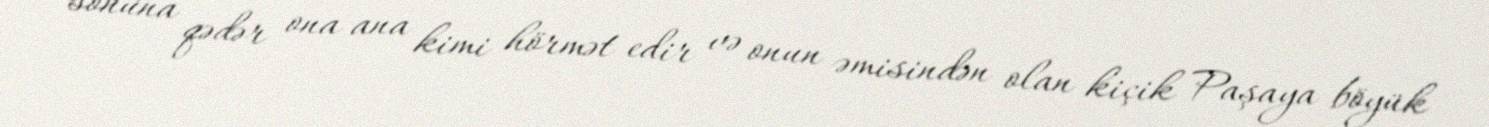
sonuna qədər ona ana kimi hörmət edir və onun əmisindən olan kiçik Paşaya böyük